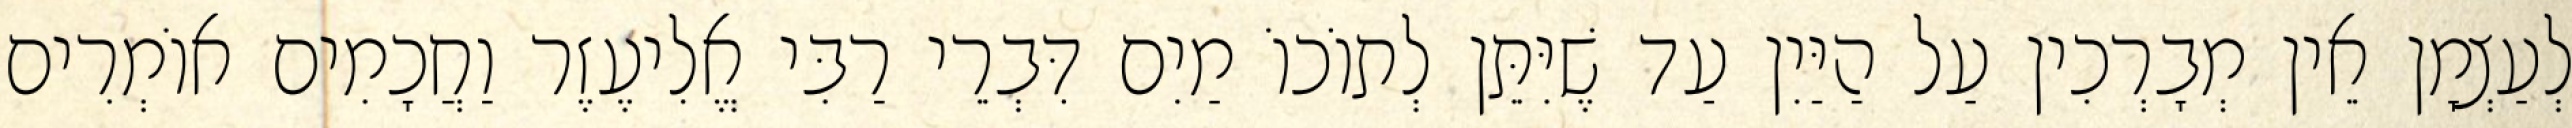
לְעַצְמָן אֵין מְבָרְכִין עַל הַיַּיִן עַד שֶׁיִּתֵּן לְתוֹכוֹ מַיִם דִּבְרֵי רַבִּי אֱלִיעֶזֶר וַחֲכָמִים אוֹמְרִים